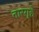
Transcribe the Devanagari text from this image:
तारगृहे